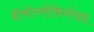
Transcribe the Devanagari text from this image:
हीमोग्लोबिनपेक्षा